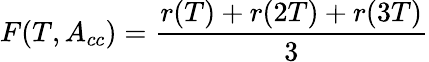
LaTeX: F(T,A_{cc})=\frac{r(T)+r(2T)+r(3T)}{3}